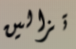
تزالين